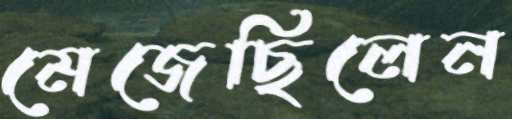
মেজেছিলেন